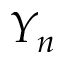
Y _ { n }